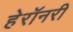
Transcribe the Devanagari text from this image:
हेरॉनरी